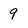
Character: 9